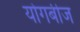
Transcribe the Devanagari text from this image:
योगबीज